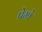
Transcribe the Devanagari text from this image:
प्रेमो